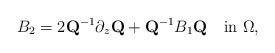
LaTeX: \begin{align*}B_2=2\mbox{\bf Q}^{-1}\partial_{z}\mbox{\bf Q}+\mbox{\bf Q}^{-1}B_1\mbox{\bf Q}\quad\mbox{in}\,\,\Omega,\end{align*}